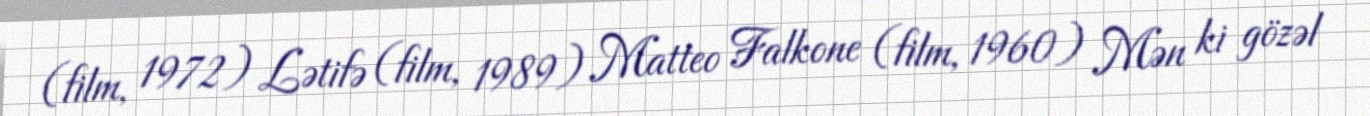
(film, 1972) Lətifə (film, 1989) Matteo Falkone (film, 1960) Mən ki gözəl